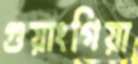
গুয়াংগিয়া